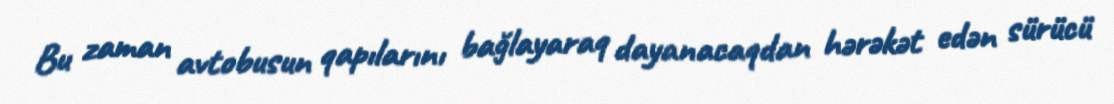
Bu zaman avtobusun qapılarını bağlayaraq dayanacaqdan hərəkət edən sürücü